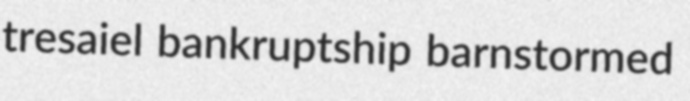
tresaiel bankruptship barnstormed